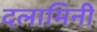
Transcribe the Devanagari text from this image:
दलामिनी